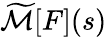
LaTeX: {\widetilde{\mathcal{M}}}[F](s)